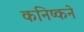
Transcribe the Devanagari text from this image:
कनिष्कने